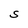
Character: S